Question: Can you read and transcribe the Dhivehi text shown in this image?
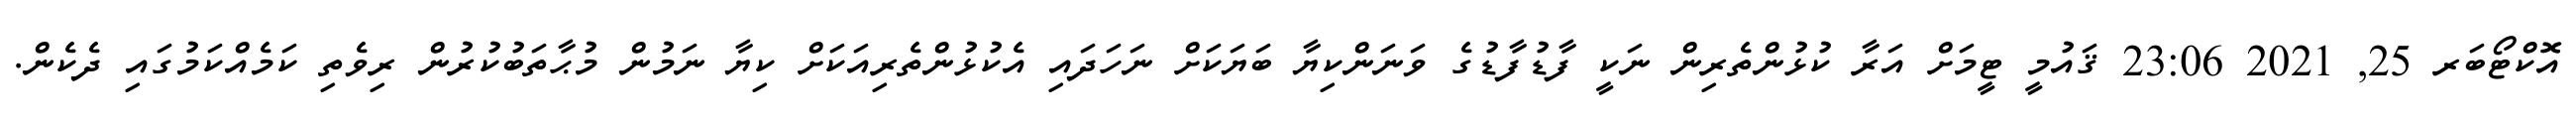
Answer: އޮކްޓޯބަރ 25, 2021 23:06 ޤައުމީ ޓީމަށް އަރާ ކުޅުންތެރިން ނަކީ ފާޑުފާޑުގެ ވަނަންކިޔާ ބަޔަކަށް ނަހަދައި އެކުޅުންތެރިއަކަށް ކިޔާ ނަމުން މުޙާތަބުކުރުން ރިވެތި ކަމެއްކަމުގައި ދެކެން.